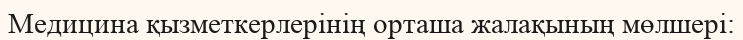
Медицина қызметкерлерінің орташа жалақының мөлшері: